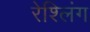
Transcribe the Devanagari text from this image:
रेश्लिंग